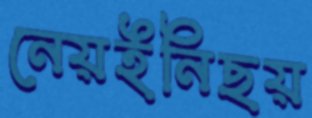
নেয়ইনিছয়